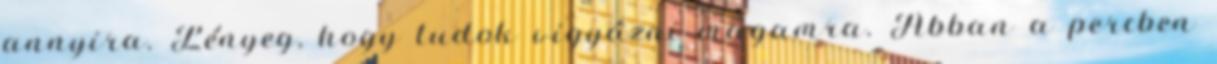
annyira. Lényeg, hogy tudok vigyázni magamra. Abban a percben